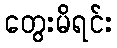
တွေးမိရင်း